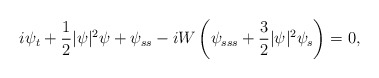
\begin{align*} i \psi_t + \frac{1}{2}|\psi|^2 \psi + \psi_{ss} -i W\left( \psi_{sss} + \frac{3}{2} |\psi|^2 \psi_s\right) =0,\end{align*}